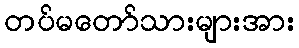
တပ်မတော်သားများအား